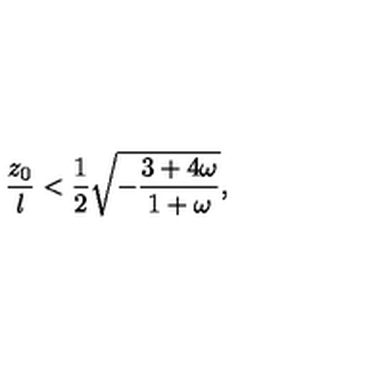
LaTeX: { \frac { z _ { 0 } } { l } } < { \frac { 1 } { 2 } } \sqrt { - { \frac { 3 + 4 \omega } { 1 + \omega } } } ,